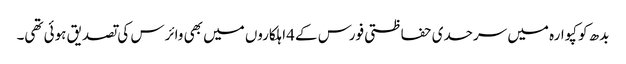
بدھ کو کپوارہ میں سرحدی حفاظتی فورس کے 4اہلکاروں میں بھی وائرس کی تصدیق ہوئی تھی۔